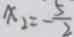
x _ { 2 } = - \frac { 5 } { 2 }